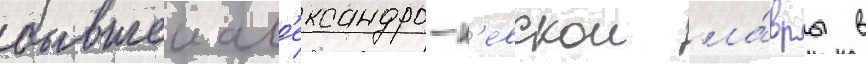
бывшеи ал'ександро-н'евскои ла́вры в